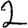
Digit: 2